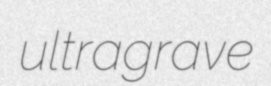
ultragrave